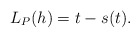
\begin{align*} \begin{aligned}L_P(h)=t-s(t). \end{aligned} \end{align*}